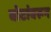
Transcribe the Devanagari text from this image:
बोटांवरून